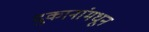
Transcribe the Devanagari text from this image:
दुकानांमधून